Civil Veterinary Department. Madras. Admin. report 1926-33 - 1926-1933
Year: 1926
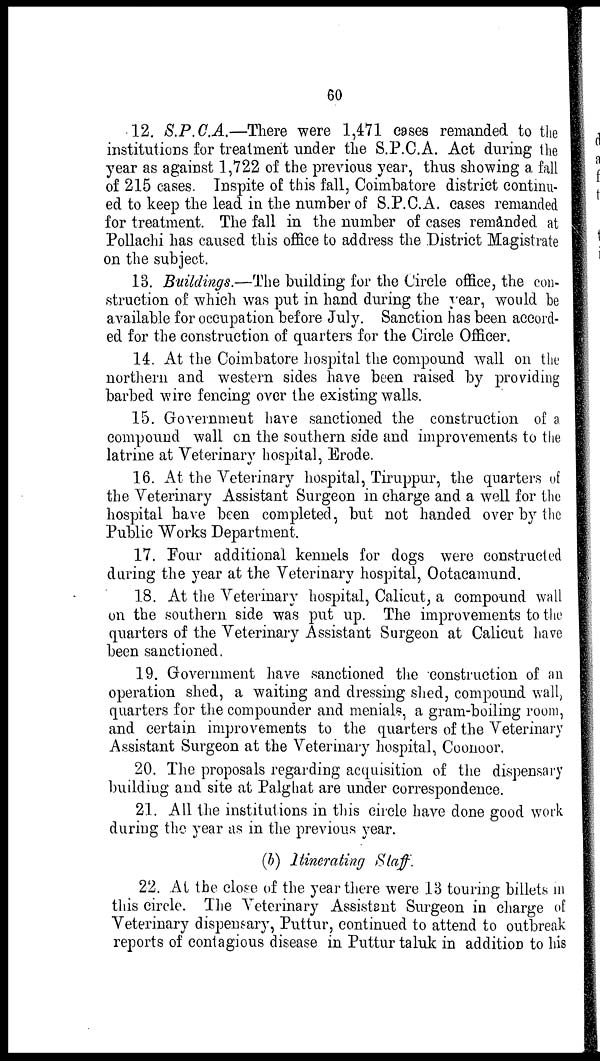
60
12. S.P.C.A.—There were 1,471 cases remanded to the
institutions for treatment under the S.P.C.A. Act during the
year as against 1,722 of the previous year, thus showing a fall
of 215 cases. Inspite of this fall, Coimbatore district continu-
ed to keep the lead in the number of S.P.C.A. eases remanded
for treatment. The fall in the number of cases remanded at
Pollachi has caused this office to address the District Magistrate
on the subject.
13. Buildings.—The building for the Circle office, the con-
struction of which was put in hand during the year, would be
available for occupation before July. Sanction has been accord-
ed for the construction of quarters for the Circle Officer.
14. At the Coimbatore hospital the compound wall on the
northern and western sides have been raised by providing
barbed wire fencing over the existing walls.
15. Government have sanctioned the construction of a
compound wall on the southern side and improvements to the
latrine at Veterinary hospital, Erode.
16. At the Veterinary hospital, Tiruppur, the quarters of
the Veterinary Assistant Surgeon in charge and a well for the
hospital have been completed, but not handed over by the
Public Works Department.
17. Pour additional kennels for dogs were constructed
during the year at the Veterinary hospital, Ootacamund.
18. At the Veterinary hospital, Calicut, a compound wall
on the southern side was put up. The improvements to the
quarters of the Veterinary Assistant Surgeon at Calicut have
been sanctioned.
19. Government have sanctioned the construction of an
operation shed, a waiting and dressing shed, compound wall,
quarters for the compounder and menials, a gram-boiling room,
and certain improvements to the quarters of the Veterinary
Assistant Surgeon at the Veterinary hospital, Coonoor.
20. The proposals regarding acquisition of the dispensary
building and site at Palghat are under correspondence.
21. All the institutions in this circle have done good work
during the year as in the previous year.
(b) Itinerating Staff
22. At the close of the year there were 13 touring billets in
this circle. The Veterinary Assistsnt Surgeon in charge of
Veterinary dispensary, Puttur, continued to attend to outbreak
reports of contagious disease in Puttur taluk in addition to his